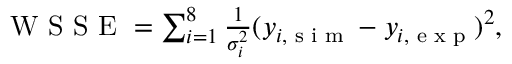
\begin{array} { r } { \textnormal { W S S E } = \sum _ { i = 1 } ^ { 8 } \frac { 1 } { \sigma _ { i } ^ { 2 } } ( y _ { i , \textnormal { s i m } } - y _ { i , \textnormal { e x p } } ) ^ { 2 } , } \end{array}